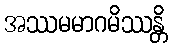
အဿမမာဂမိဿန္တိ